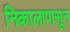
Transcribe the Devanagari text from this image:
निकालापासून